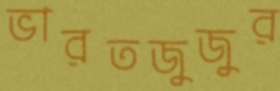
ভারতজুজুর